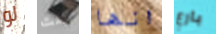
لو كنت انها بارع